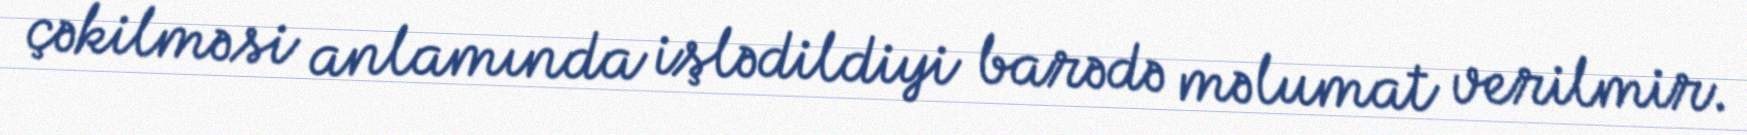
çəkilməsi anlamında işlədildiyi barədə məlumat verilmir.